Annual report on the mental hospital in the Central Provinces and Berar (Nagpur) - 1927-1951
Year: 1927
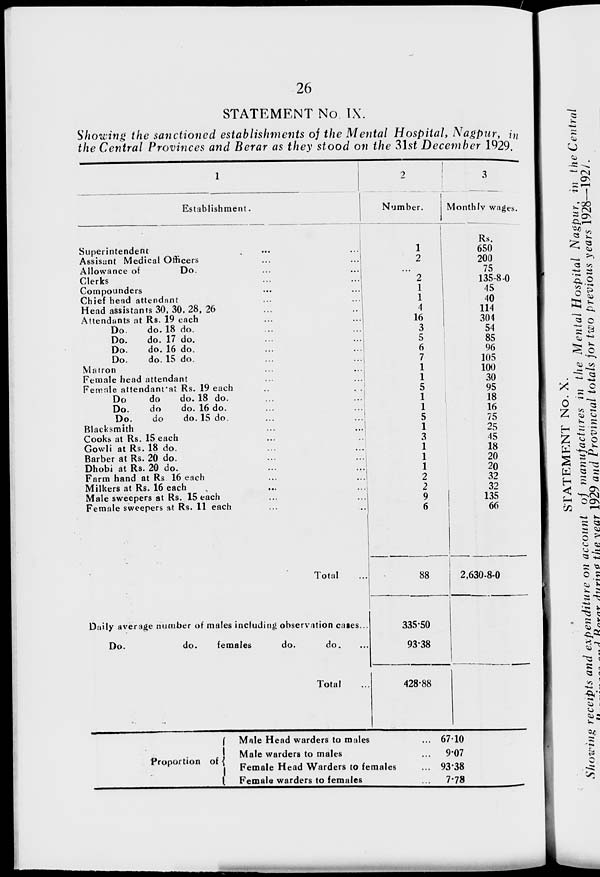
26
STATEMENT No. IX.
Showing the sanctioned establishments of the Mental Hospital, Nagpur, in
the Central Provinces and Berar as they stood on the 31st December 1929.
1
Establishment.
Superintendent
...
...
Assisant Medical Officers
...
...
Allowance of
Do.
...
...
Clerks
...
...
Compounders
...
...
Chief head attendant
...
...
Head assistants 30, 30, 28, 26
...
...
Attendants at Rs. 19 each
...
...
Do.
do. 18 do. ... ...
Do.
do. 17 do.
...
...
Do.
do. 16 do.
...
...
Do.
do. 15 do. ... ...
Matron ... ...
Female head attendant
...
...
Female attendant at Rs. 19 each ... ...
Do
do
do. 18 do. ... ...
Do.
do
do. 16 do. ... ...
Do.
do
do. 15 do.
...
...
Blacksmith
...
...
Cooks at Rs. 15 each ... ...
Gowli at Rs. 18 do. ... ...
Barber at Rs. 20 do. ... ...
Dhobi at Rs. 20 do. ... ...
Farm hand at Rs. 16 each ... ...
Milkers at Rs. 16 each ... ...
Male sweepers at Rs. 15 each ... ...
Female sweepers at Rs. 11 each ... ...
Total ...
Daily average number of males including observation cases...
Do.
do.
females
do.
do.
Total ...
2
Number.
1
2
...
2
1
1
4
16
3
5
6
7
1
1
5
1
1
5
1
3
1
1
1
2
2
9
6
88
335.50
93.38
428.88
3
Monthly wages.
Rs.
650
200
75
135-8-0
45
40
114
304
54
85
96
105
100
30
95
18
16
75
25
45
18
20
20
32
32
135
66
2,630-8-0
Proportion of
Male Head warders to males ...
Male warders to males ...
Female Head Warders to females ...
Female warders to females
67.10
9.07
93.38
7.78